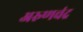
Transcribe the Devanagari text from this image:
अरुणचंद्र